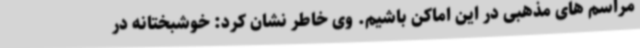
مراسم های مذهبی در این اماکن باشیم. وی خاطر نشان کرد: خوشبختانه در